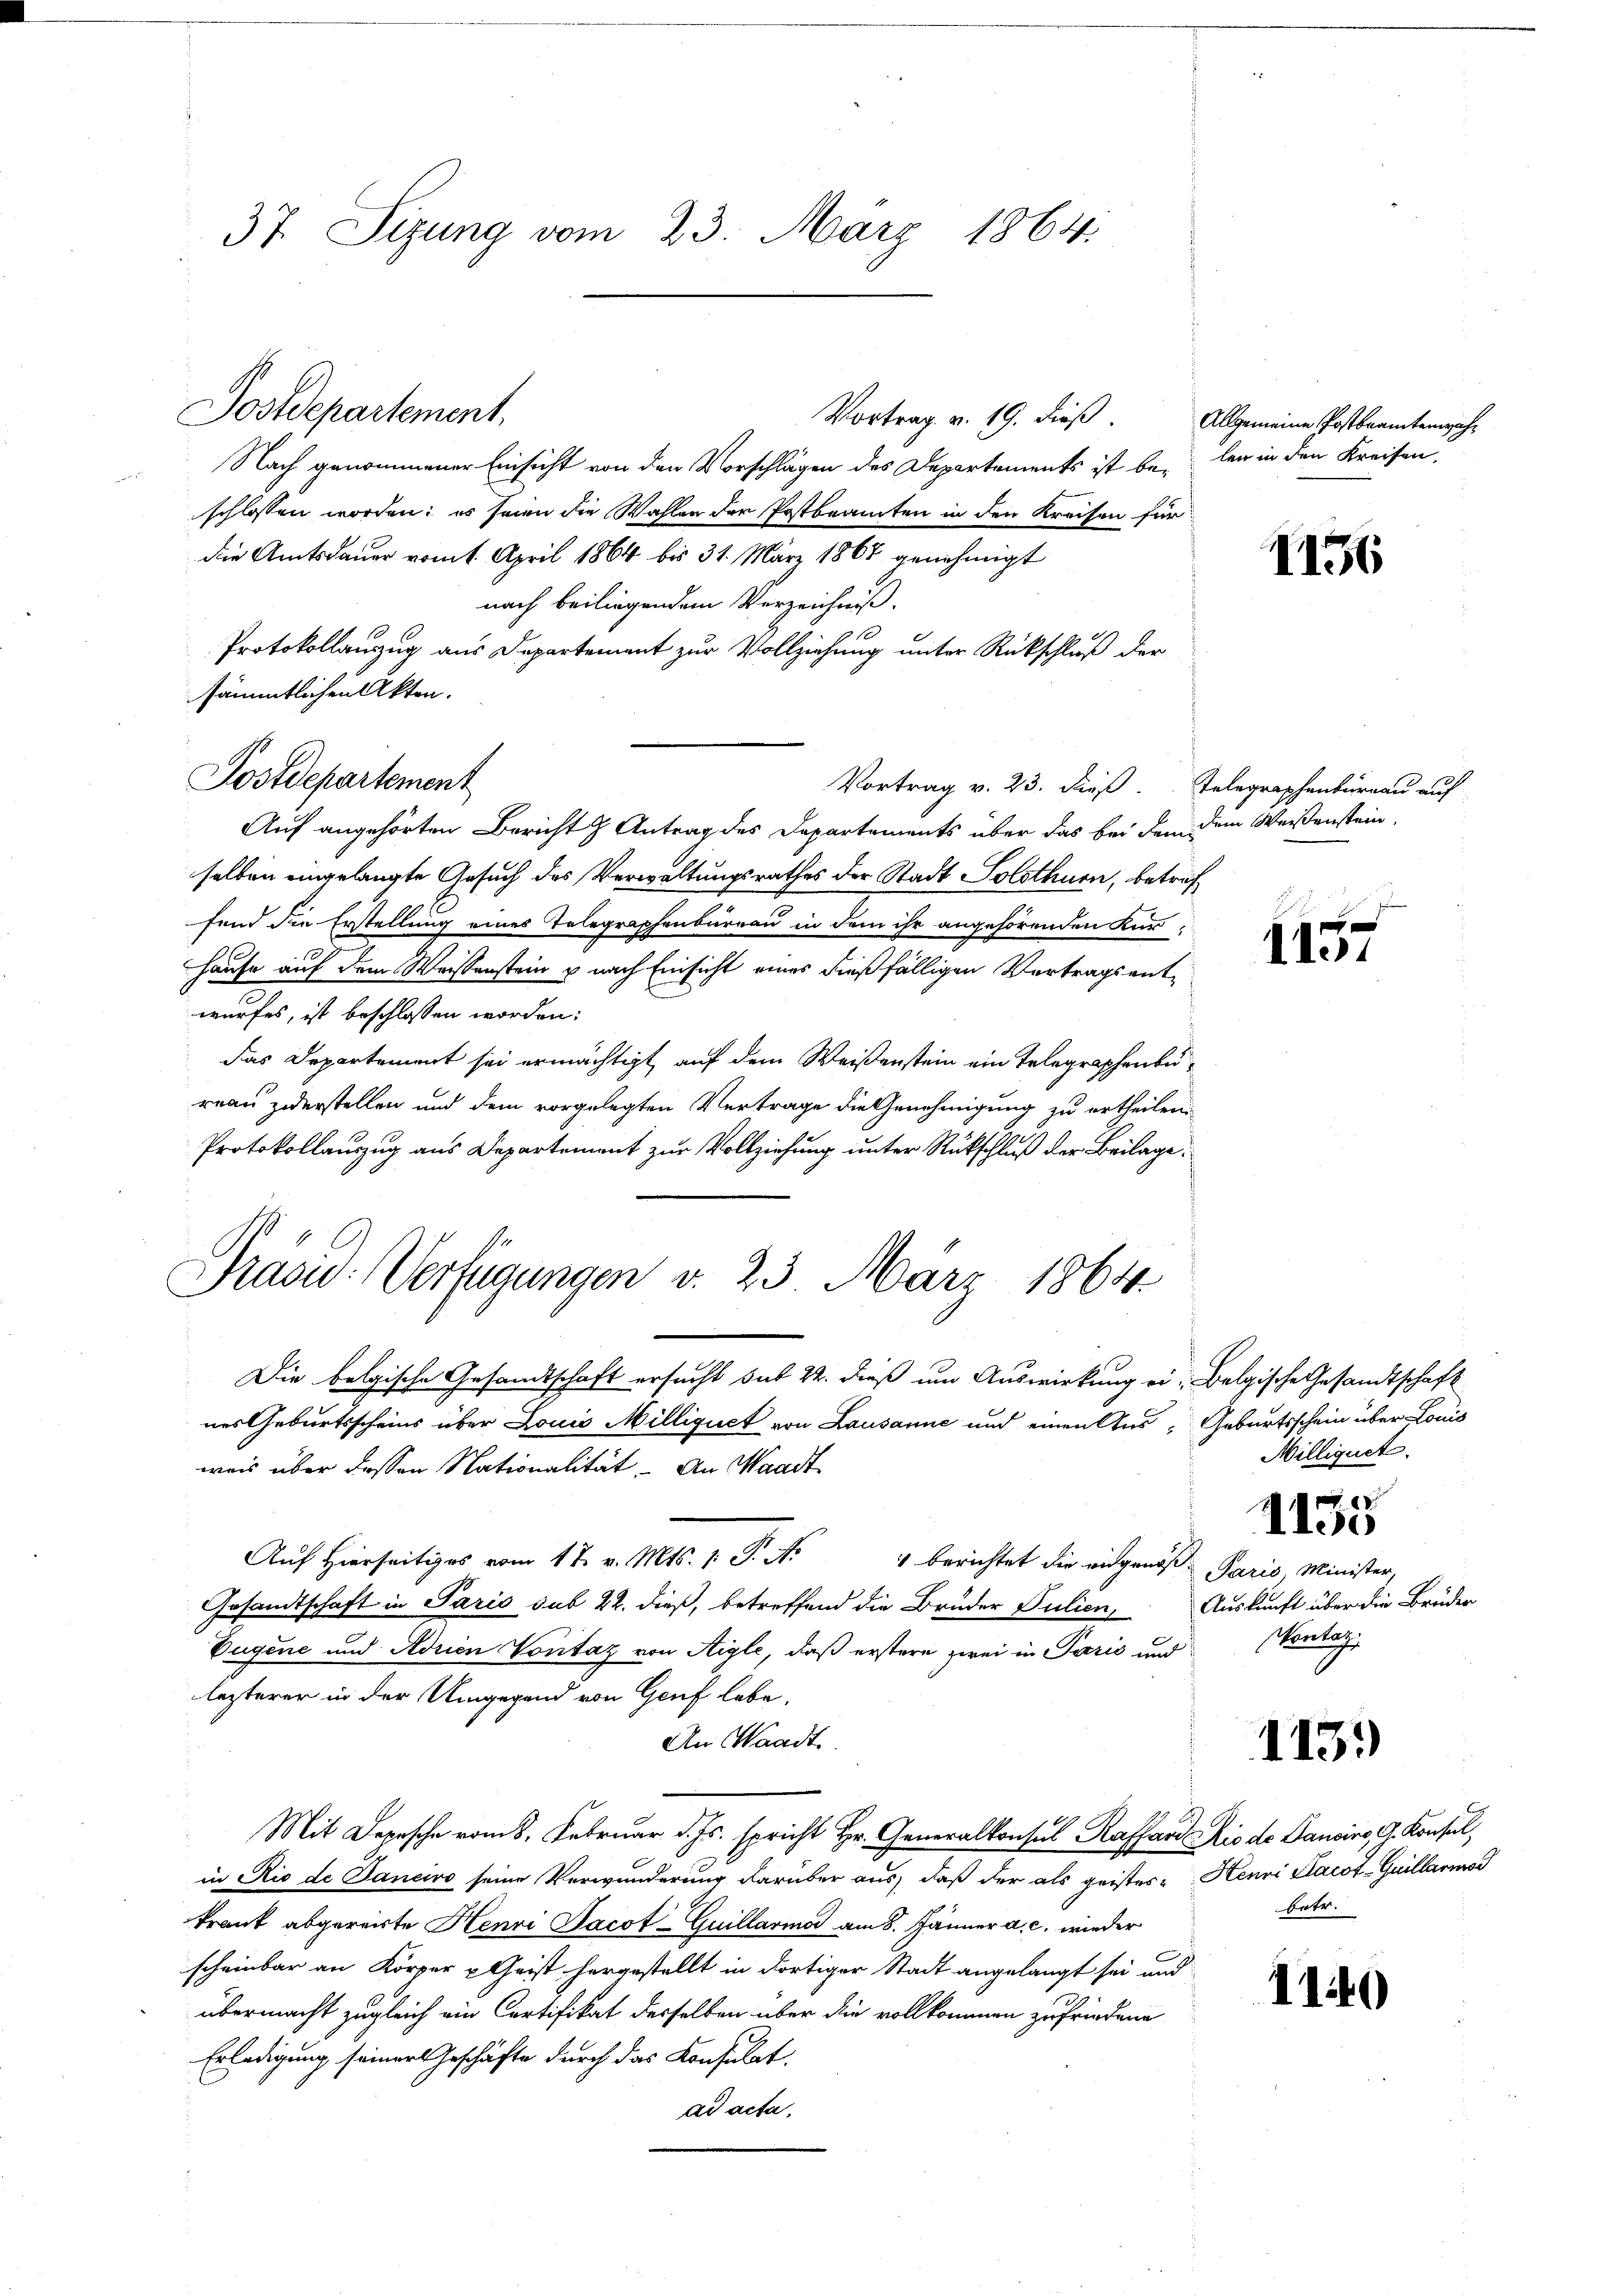
37. Sizung vom 23. März 1864.

Nach genommener Einsicht von den Vorschlägen des Departements ist beilen in den Kreisen,
schlossen worden; es seien die Wahlen der Postbeamten in den Kreisen für
die Amtsdauer vom 1. April 1864 bis 31. März 1867 genehmigt
nach beiliegendem Verzeichniß.
Protokollanzug aus Departement zur Vollziehung unter Rückschluß der
sämmtlichen Akten.
Vortrag v. 23. dieß. Telegraphenburgau auf
Auf angehörten Bericht  Antrag des Departements über das bei dem dem Weisenstein,
selben eingelangte Gesuch des Verwaltungsrathes der Stadt Solothurn, betref
fend die Erstellung eines Telegraphenbureau in dem ihr angehörenden Kur¬
Hause auf dem Weissenstein u nach Einsicht eines dießfälligen Vortragsentwurfes, ist beschlossen worden:
das Departement sei ermächtigt, auf dem Weißenstein ein Telegraphenbureau zuerstellen und dem vorgelegten Vertrage die Genehmigung zu ertheilen
Protokollauszug aus Departement zur Vollziehung unter Rückschluß der Beilage
Pras: Verfügungen v. 23. März 1864.
Die belgische Gesandtschaft ersucht sub 22. dieß um Auswirkung ei: Belgische Gesandtschaft
nes Geburtsscheins über Louis Milliquet von Lausanne und einen Aus Geburtsschein über Louis
weis über dessen Nationalität. An Waadt
Aŭf hierseitiges vom 1t v. Mts. 1. P. Nr. 4 berichtet die eidgenos- Paris, Minister,
Gesandtschaft in Paris sub 22. dieß, betreffend die Brüder Julien, Auskunft über die Brüder
Eugene und Adrien Vontaz von Aigle, daß erstere zwei in Paris und
lezterer in der Umgegend von Genf lebe.
An Waadt.
Mit Depesche vom 8. Februar d. Js. spricht Hr. Generalkonsul Kaffen Rio de Dansino, G. Konsul,
in Rio de Janeiro seine Verwunderung darüber aus, daß der als geistes Henri Kacot-Guillariod
krank abgereite Henri Jacot-Guillario am 8. Jänner a. c. wieder
scheinbar an Körper u Geist hergestellt in dortiger Stadt angelangt sei und
übermacht zugleich ein Cortifikat desselben über die vollkommen zufriedene
Erledigung seiner Geschäfte durch das Konsulat.
ad acta.

Postdepartement

Postdepartement,
Vortrag v. 19. dieß.

Allgemeine Postbranterwahr

1156

f
11

Milliguet.
8
IIso
Montag

115)

betr.

1140